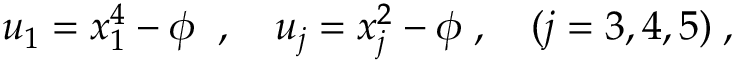
u _ { 1 } = x _ { 1 } ^ { 4 } - \phi \; \; , \quad u _ { j } = x _ { j } ^ { 2 } - \phi \; , \quad ( j = 3 , 4 , 5 ) \; ,